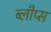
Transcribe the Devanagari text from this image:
ब्लीप्स